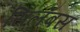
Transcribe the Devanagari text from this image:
सिलॅबस